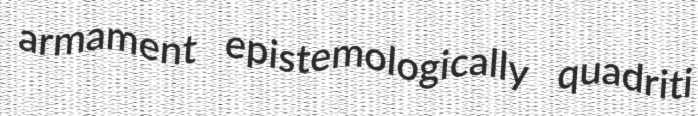
armament epistemologically quadriti